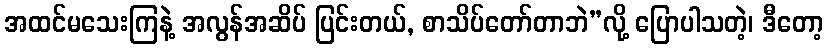
အထင်မသေးကြနဲ့ အလွန်အဆိပ် ပြင်းတယ်, စာသိပ်တော်တာဘဲ”လို့ ပြောပါသတဲ့၊ ဒီတော့